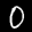
Label: 0